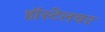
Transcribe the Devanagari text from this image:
हॉस्टेलवर